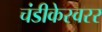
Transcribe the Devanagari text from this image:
चंडीकेस्वरर